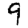
Digit: 9